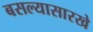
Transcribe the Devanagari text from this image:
बसल्यासारखे